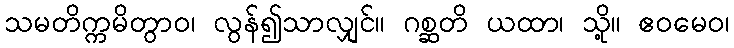
သမတိက္ကမိတွာဝ၊ လွန်၍သာလျှင်။ ဂစ္ဆတိ ယထာ၊ သို့။ ဧဝမေဝ၊